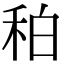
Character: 䄸